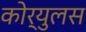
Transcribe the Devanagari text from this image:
कोर्युलस